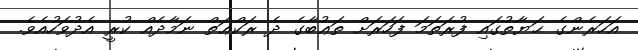
އަހަރެންގެ ޙަޔާތުގައި ފުރަތަމަ ފަހަރަށް ތަޢުބާގެ ދެ ރަކްޢަތް ނަމާދެއް ކުރީ އެދުވަހުއެވެ.